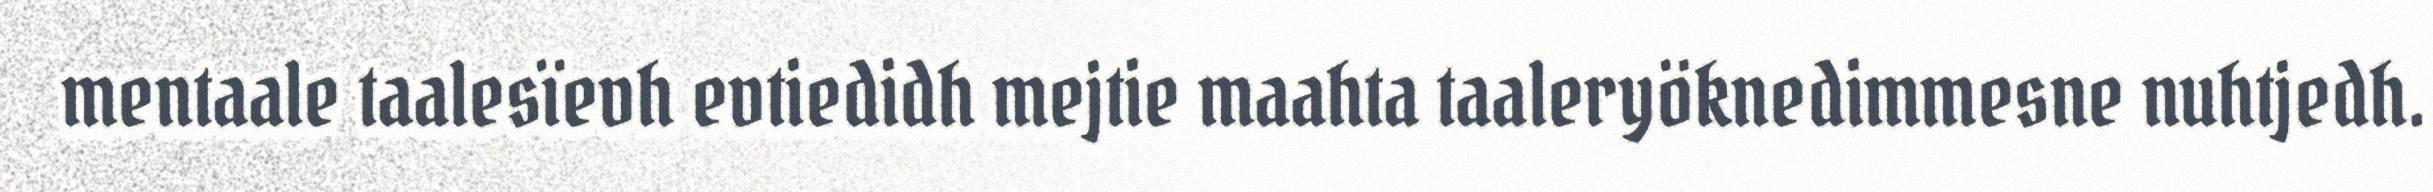
mentaale taalesïevh evtiedidh mejtie maahta taaleryöknedimmesne nuhtjedh.